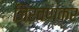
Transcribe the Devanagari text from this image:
जिरवणकर